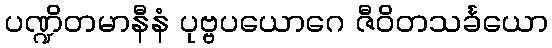
ပဏ္ဍိတမာနီနံ ပုဗ္ဗပယောဂေ ဇီဝိတသင်္ခယော